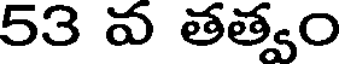
53 వ తత్వం